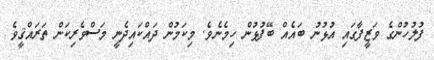
ފުލުހުންގެ ވަޒީފާގައި އުޅުނު ބައެއް ބޭފުޅުން ހިމެނެވެ. މިކަމުން ދައްކައިދެނީ މަސްވެރިކަން ތަރައްޤީވެ